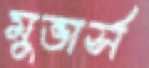
মুভার্স